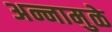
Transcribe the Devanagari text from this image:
अन्नामुळे